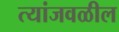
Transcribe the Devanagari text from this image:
त्यांजवळील